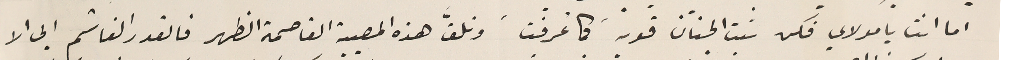
اما انت يامولاي فكن نبت الجنان قويد كما عُرفت وتلقَّ هذه المصيبة القاصمة الظهر فالقدر الغاشم ابى الا